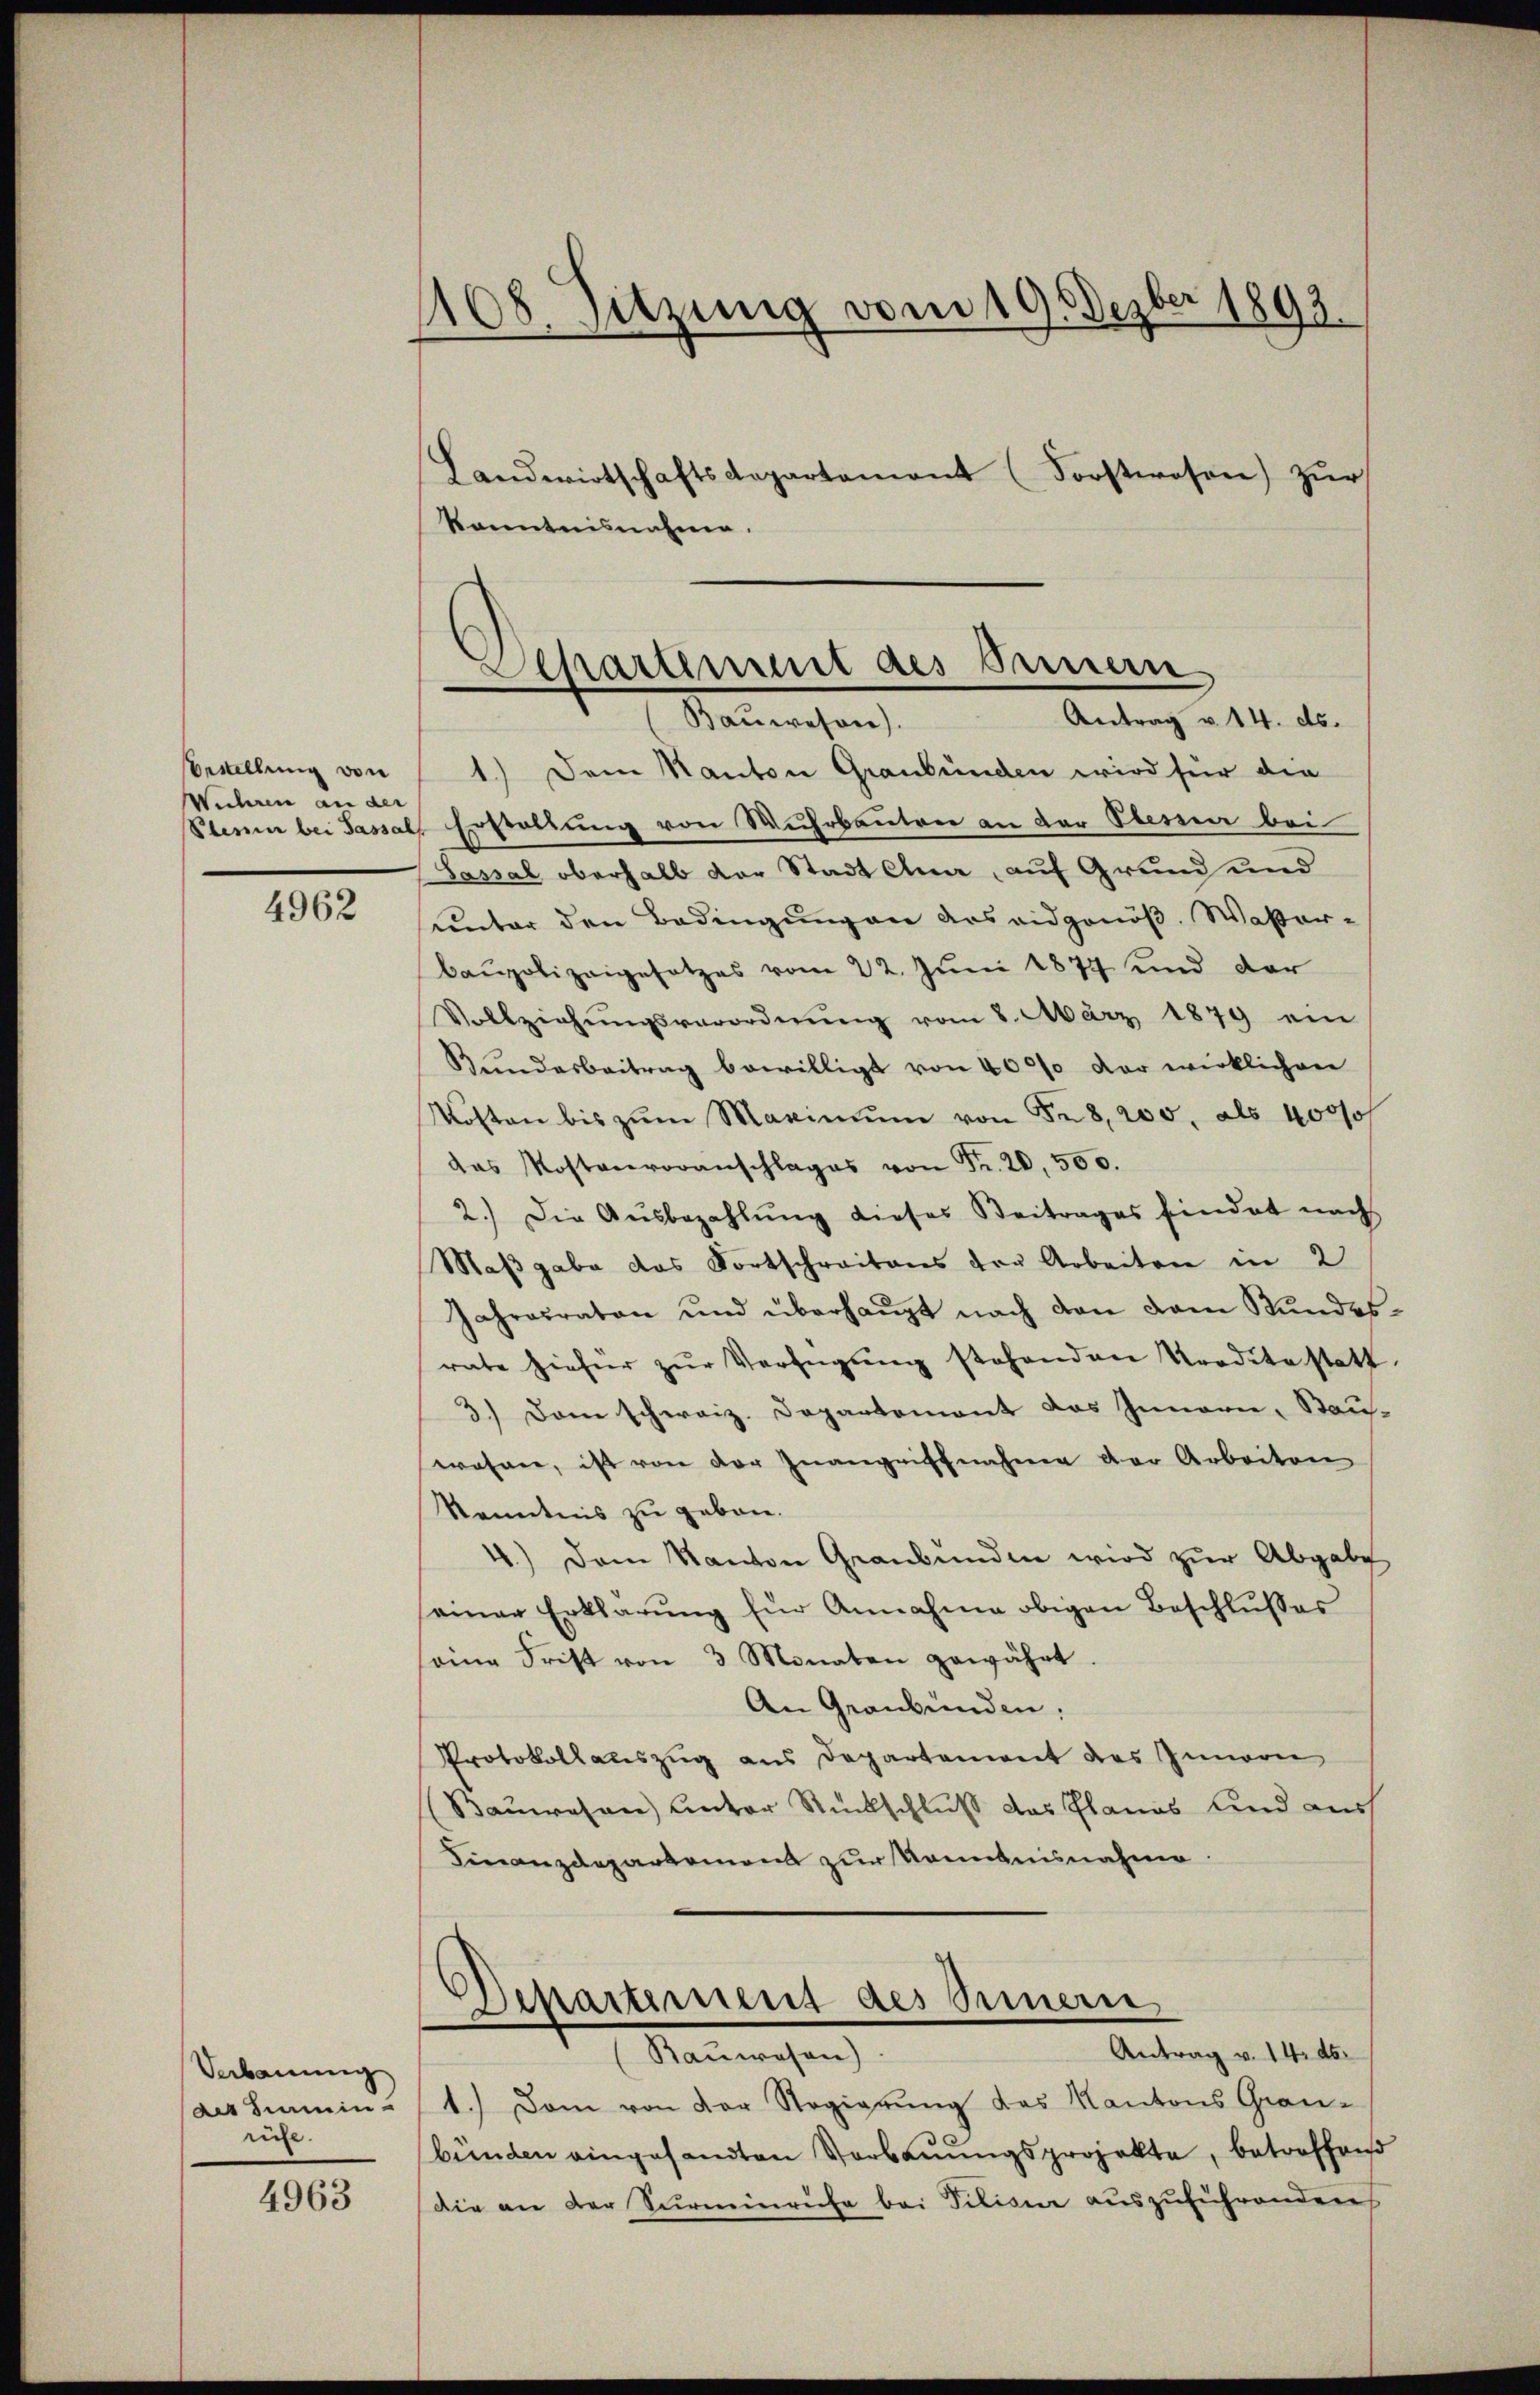
Bestellung von
Wuhren an der
Plenur bei Sassal

4962

Verbauung
des Semin
rüche.

4963

1108. Sitzung vom 19. Dezber 1892.
Landwirtschaftsdepartement (Forstwesen) zŭr
Kenntnisnahme.

1.) Dem Kanton Graubünden wird für die
Erstellung von Wuhrbautre an der Oberner bei
Sassal oberhalb der Stadt Ana, auf Grund und
unter den Bedingungen des eidgenöß. Waßer¬
Baupolizeigesetzes vom 22. Juni 1877 und der
Vollziehŭngsverordnŭng vom 8. März 1879 ein
Bundesbeitrag bewilligt von 4000 der wirklichen
Kosten bis zŭm Maximŭm von S. 8, 200, als 4000/
das Kostenvoranschlages von Fr. 20, 500.
2.) Die Aŭsbezahlŭng dieses Beitrages findet nach
Maßgabe das Fortschreibens der Arbeiten in 2
Jahresraten und überhaupt nach den dem Stundesrate hiefür zŭr Verfügŭng stehenden Traditestatt
3.) Dem schweiz. Departement das Innern, Stau-
wohner, ist von der Inangriffnahme der Arbeiten
Kenntnis zu geben.
4.) Dem Kanton Graubünden wird zur Abgabe
einer Erklärŭng für Annahme obigen Beschlußes
eine Frist von 3 Monaten gewährt.
An Graubünden:
Protokollauszug aus Departement des Innern
(Bauwesen Unter Rückschluß das Planes und auch
Finanzdepartement zur Kenntnisnahme
Departiment des Sinnern
Antrag v. 14. ds.
Ranwesen)
1.) Dem von der Regierung des Kantons Grau-
bünden eingesandten Vorbenŭngsprojekte, betreffend
Die an der Surminruhe bei Siliam auszuführendens

Aepartement des Sanen
Antrag v. 14. ds.
(Baŭwesen).